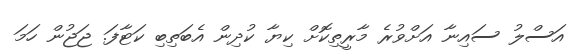
އަސްލު ސައިނާ އަށްވުރެ މާރީތިކޮށް ކިޔާ ކުދިން އެބަތިބި ކަޓާފަ. ޖަޖުން ހަމަ